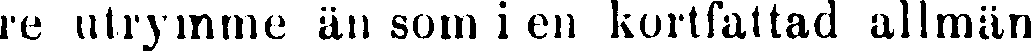
re utrymme än som i en kortfattad allmän